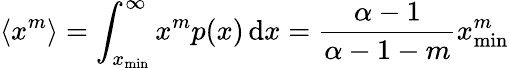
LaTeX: \langle x^{m}\rangle=\int_{x_{\operatorname*{min}}}^{\infty}x^{m}p(x)\, \mathrm{d}x={\frac{\alpha-1}{\alpha-1-m}}x_{\operatorname*{min}}^{m}